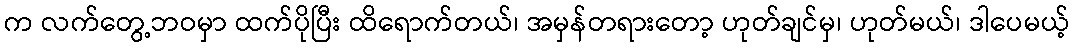
က လက်တွေ့ဘဝမှာ ထက်ပိုပြီး ထိရောက်တယ်၊ အမှန်တရားတော့ ဟုတ်ချင်မှ၊ ဟုတ်မယ်၊ ဒါပေမယ့်